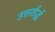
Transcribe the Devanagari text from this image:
उत्तर्रार्द्ध